Civil Veterinary Department Bihar reports 1936-40 - 1936-1940
Year: 1936
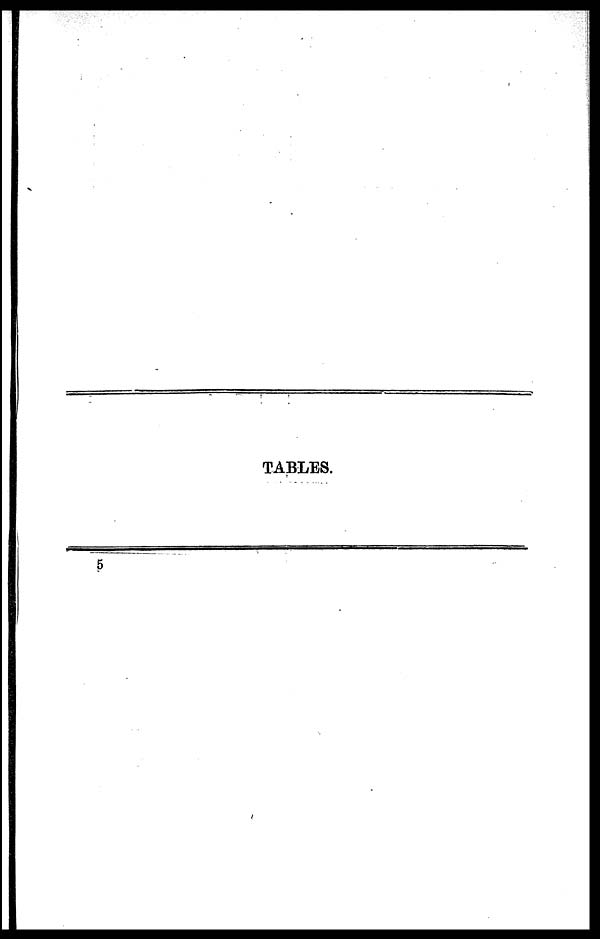
TABLES.
5